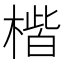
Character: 𪳠